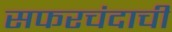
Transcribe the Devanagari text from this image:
सफरचंदाची